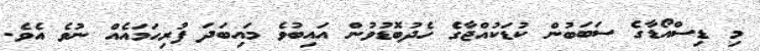
މި ޑިސްއޯޑާގެ ސަބަބުން ކުޑަކުއްޖާގެ ހެދުބޮޑުވުން އައިބުވެ މައިބަދަ ފުރިހަމައެއް ނުވެ އެވެ.